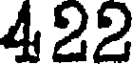
422